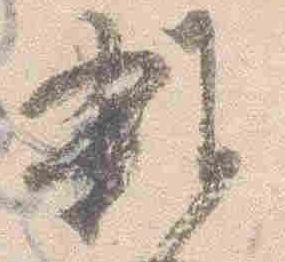
雑